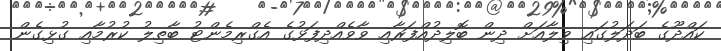
ކައްދޫގެ ބަދަލުގައި ވިލާއަށް ދިން ބޮލިދުއްފަރާއި ވާވެއްދިފަޅުގެ އެގްރިމެންޓު ބާތިލު ކުރުމާއި ގުޅިގެން